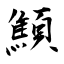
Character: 顦